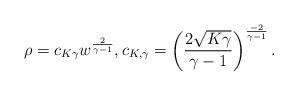
LaTeX: \begin{align*} \rho = c_{K\gamma}w^{\frac{2}{\gamma-1}},c_{K,\gamma}=\left(\frac{2\sqrt{K\gamma}}{\gamma-1}\right)^{\frac{-2}{\gamma-1}}.\end{align*}